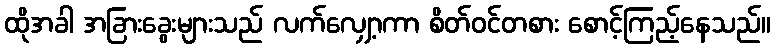
ထိုအခါ အခြားခွေးများသည် လက်လျှော့ကာ စိတ်ဝင်တစား စောင့်ကြည့်နေသည်။